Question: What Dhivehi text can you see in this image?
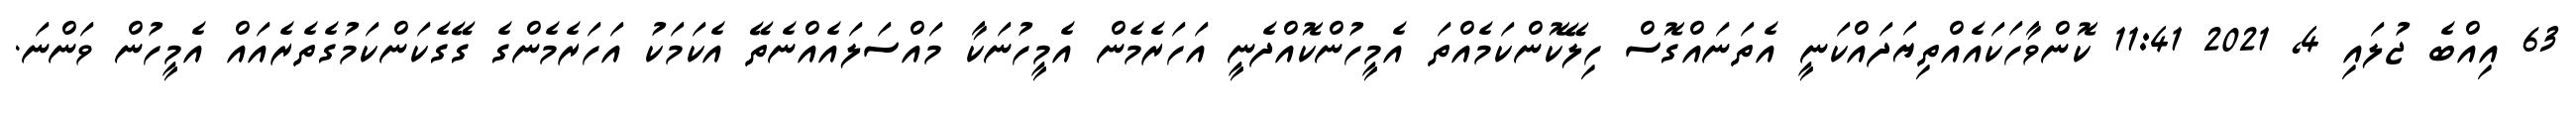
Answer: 63 އިއްބެ ޖުލައި 4, 2021 11:41 ކޮންވާހަކައެއްތިޔަދައްކަނީ އެތަނައްގޮސް ހިލޭކޮންކަމެއްތަ އެމީހުންކޮއްދެނީ އަހަރެމެން އެމީހުނަކާ މައްސަލައެއްނެތޭ އެކަމަކު އަހަރެމެންގެ ގޭގެކަންކަމުގެތެރެއައް އެމީހުން ވަންނަ.